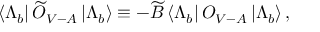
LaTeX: \langle \Lambda _ { b } | \, \widetilde O _ { V - A } \, | \Lambda _ { b } \rangle \equiv - \widetilde B \, \langle \Lambda _ { b } | \, O _ { V - A } \, | \Lambda _ { b } \rangle \, ,